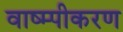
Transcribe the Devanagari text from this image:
वाष्म्पीकरण